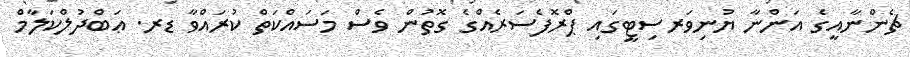
ޗެންނާއީގެ އަންނާ ޔުނިވަރސިޓީގައި ޕްރޮފެސަރެއްގެ ގޮތުން ވެސް މަސައްކަތް ކުރައްވާ ޑރ. ޢަބްދުލްކަލާމް